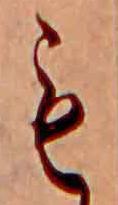
も